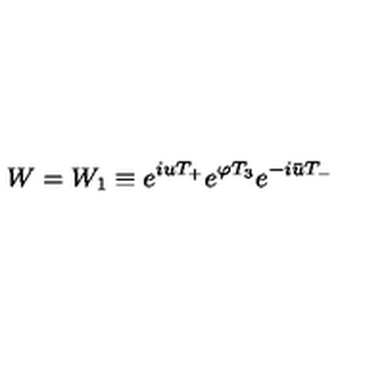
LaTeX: W = W _ { 1 } \equiv e ^ { i u T _ { + } } e ^ { \varphi T _ { 3 } } e ^ { - i \bar { u } T _ { - } }